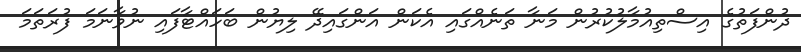
ދުންފަތުގެ އިސްތިއުމާލުކުރުން މަނާ ތަނެއްގައި އެކަން އަންގައިދޭ ލިޔުން ބަހައްޓާފައި ނުވާނަމަ ފުރަތަމަ